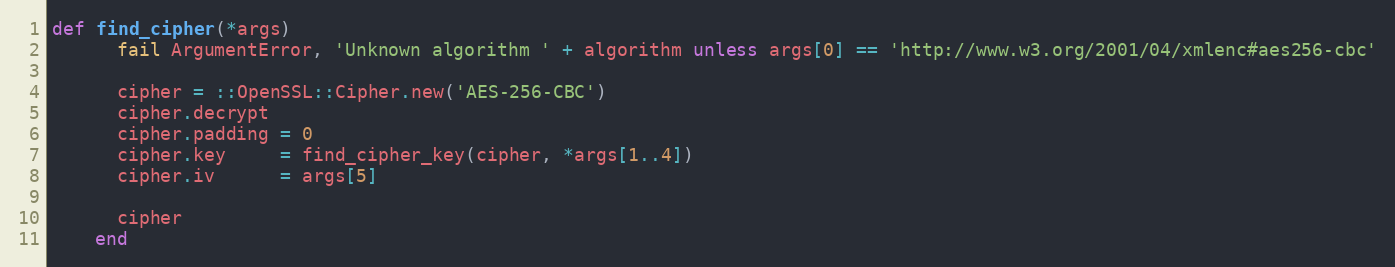
Language: Ruby
def find_cipher(*args)
      fail ArgumentError, 'Unknown algorithm ' + algorithm unless args[0] == 'http://www.w3.org/2001/04/xmlenc#aes256-cbc'

      cipher = ::OpenSSL::Cipher.new('AES-256-CBC')
      cipher.decrypt
      cipher.padding = 0
      cipher.key     = find_cipher_key(cipher, *args[1..4])
      cipher.iv      = args[5]

      cipher
    end